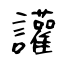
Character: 讙